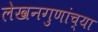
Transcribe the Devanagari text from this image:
लेखनगुणांच्या